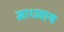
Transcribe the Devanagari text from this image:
माधवाय